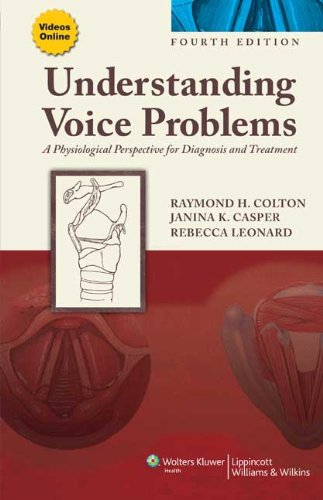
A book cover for Understanding Voice Problems: A Physiological Perspective for Diagnosis and Treatment (Understanding Voice Problems: Phys Persp/ Diag & Treatment); Raymond H. Colton PhD; Medical Books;